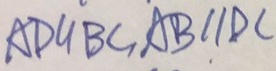
A D / / B C , A B / / D C